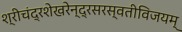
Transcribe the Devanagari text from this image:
श्रीचंद्रशेखरेन्द्रसरस्वतीविजयम्